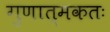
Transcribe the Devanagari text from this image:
गुणात्मकतः